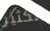
الكثير